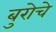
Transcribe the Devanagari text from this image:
बुरोचे